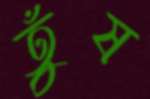
তুঁষ